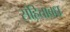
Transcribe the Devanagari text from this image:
संहिताबध